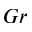
G r